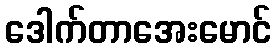
ဒေါက်တာအေးမောင်